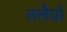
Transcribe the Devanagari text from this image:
तलेैयों